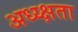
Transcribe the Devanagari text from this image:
अध्य्क्षता